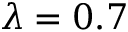
\lambda = 0 . 7